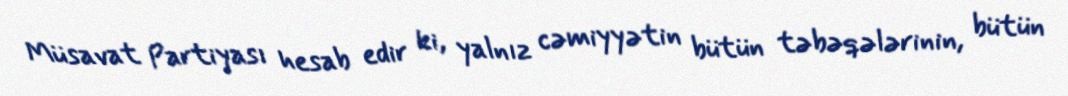
Müsavat Partiyası hesab edir ki, yalnız cəmiyyətin bütün təbəqələrinin, bütün